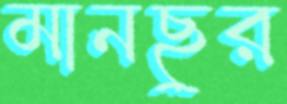
মানছুর